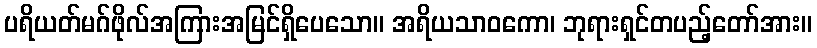
ပရိယတ်မဂ်ဖိုလ်အကြားအမြင်ရှိပေသော။ အရိယသာဝကော၊ ဘုရားရှင်တပည့်တော်အား။